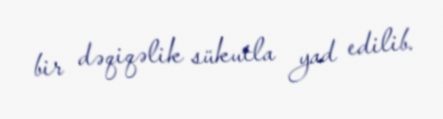
bir dəqiqəlik sükutla yad edilib.